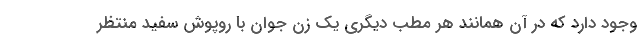
وجود دارد که در آن همانند هر مطب دیگری یک زن جوان با روپوش سفید منتظر